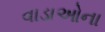
વાડાઓના